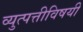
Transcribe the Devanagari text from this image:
व्युत्पत्तीविषयी